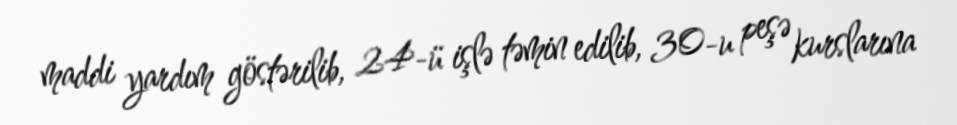
maddi yardım göstərilib, 24-ü işlə təmin edilib, 30-u peşə kurslarına